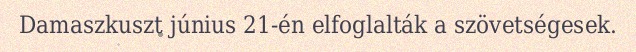
Damaszkuszt június 21-én elfoglalták a szövetségesek.